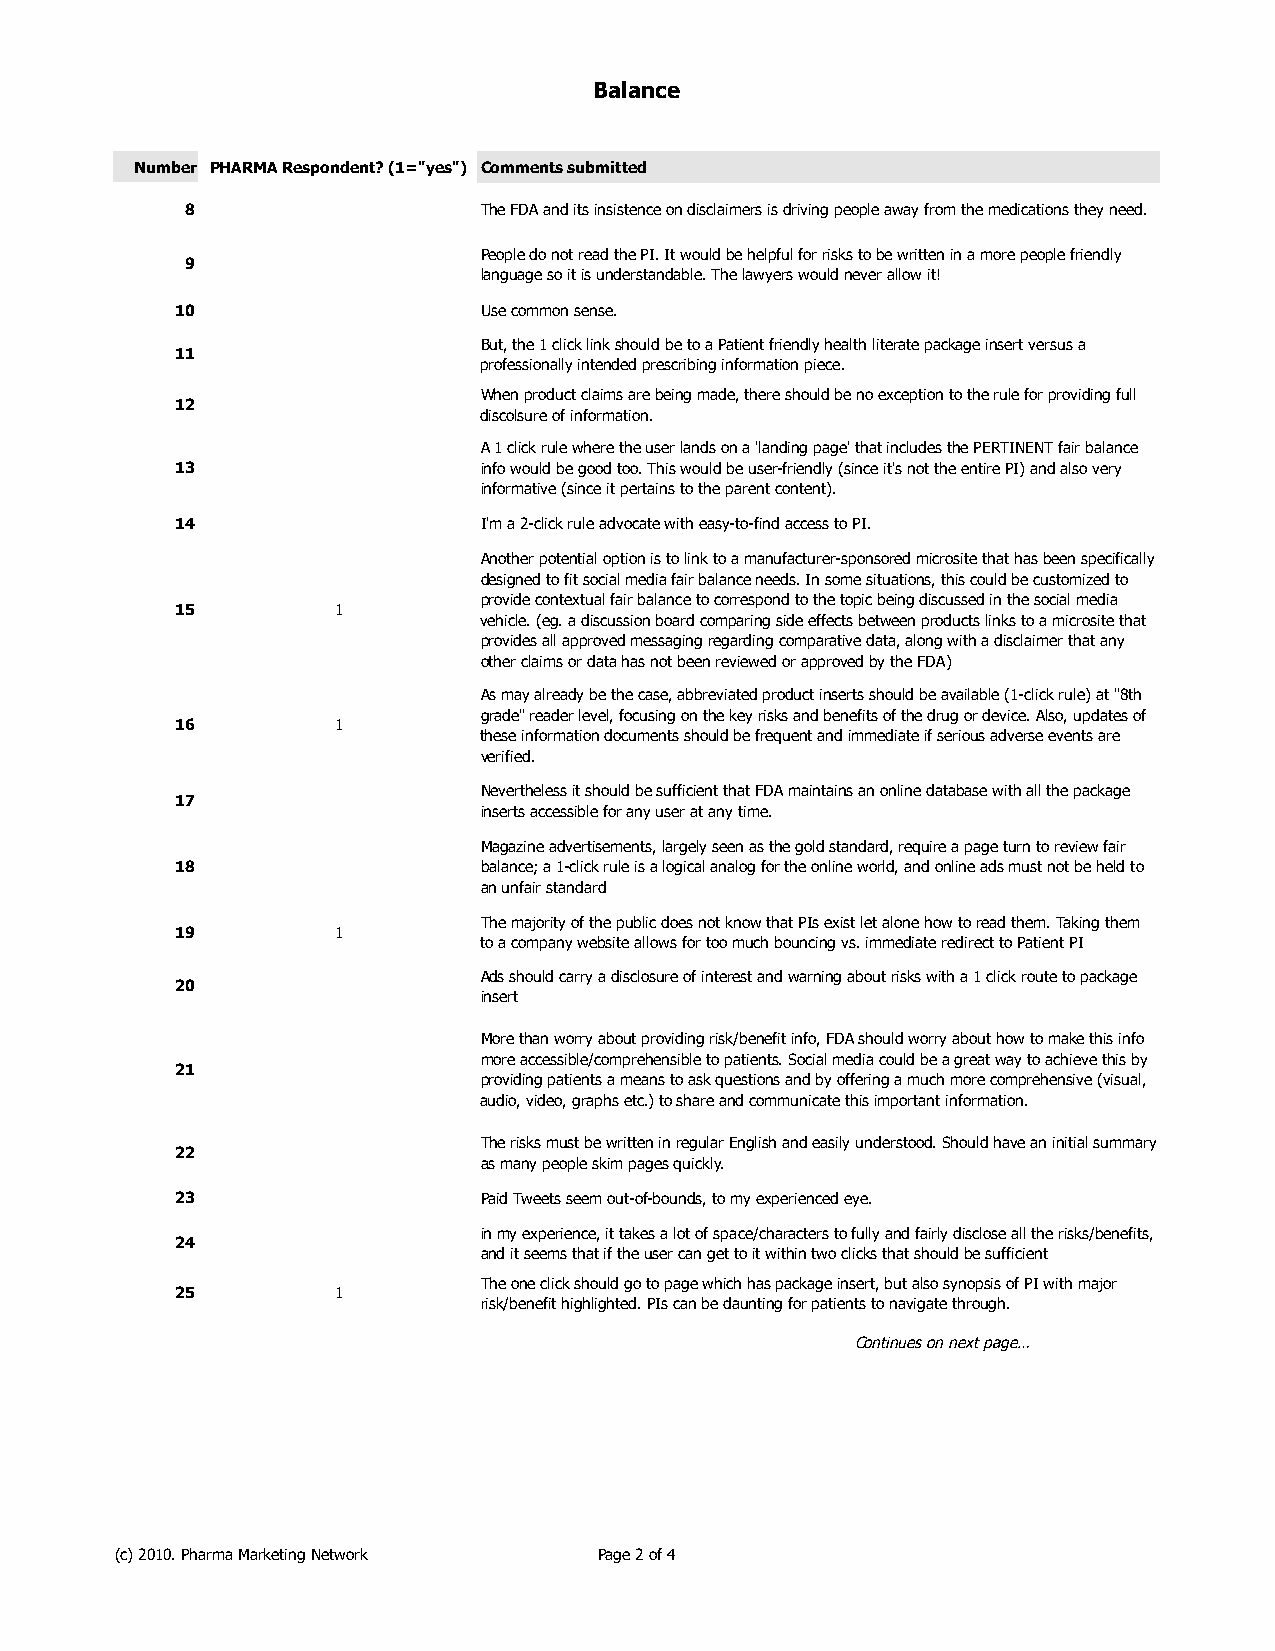
Balance
 Number PHARMA Respondent? (1="yes") Comments submitted
 8                   The FDA and its insistence on disclaimers is driving people away from the medications they need.
 People do not read the PI. It would be helpful for risks to be written in a more people friendly
 9
 language so it is understandable. The lawyers would never allow it!
 10                  Use common sense.
 But, the 1 click link should be to a Patient friendly health literate package insert versus a
 11
 professionally intended prescribing information piece.
 When product claims are being made, there should be no exception to the rule for providing full
 12
 discolsure of information.
 A 1 click rule where the user lands on a 'landing page' that includes the PERTINENT fair balance
 13                  info would be good too. This would be user-friendly (since it's not the entire PI) and also very
 informative (since it pertains to the parent content).
 14                  I'm a 2-click rule advocate with easy-to-find access to PI.
 Another potential option is to link to a manufacturer-sponsored microsite that has been specifically
 designed to fit social media fair balance needs. In some situations, this could be customized to
 provide contextual fair balance to correspond to the topic being discussed in the social media
 15        1
 vehicle. (eg. a discussion board comparing side effects between products links to a microsite that
 provides all approved messaging regarding comparative data, along with a disclaimer that any
 other claims or data has not been reviewed or approved by the FDA)
 As may already be the case, abbreviated product inserts should be available (1-click rule) at "8th
 grade" reader level, focusing on the key risks and benefits of the drug or device. Also, updates of
 16        1
 these information documents should be frequent and immediate if serious adverse events are
 verified.
 Nevertheless it should be sufficient that FDA maintains an online database with all the package
 17
 inserts accessible for any user at any time.
 Magazine advertisements, largely seen as the gold standard, require a page turn to review fair
 18                  balance; a 1-click rule is a logical analog for the online world, and online ads must not be held to
 an unfair standard
 The majority of the public does not know that PIs exist let alone how to read them. Taking them
 19        1
 to a company website allows for too much bouncing vs. immediate redirect to Patient PI
 Ads should carry a disclosure of interest and warning about risks with a 1 click route to package
 20
 insert
 More than worry about providing risk/benefit info, FDA should worry about how to make this info
 more accessible/comprehensible to patients. Social media could be a great way to achieve this by
 21
 providing patients a means to ask questions and by offering a much more comprehensive (visual,
 audio, video, graphs etc.) to share and communicate this important information.
 The risks must be written in regular English and easily understood. Should have an initial summary
 22
 as many people skim pages quickly.
 23                  Paid Tweets seem out-of-bounds, to my experienced eye.
 in my experience, it takes a lot of space/characters to fully and fairly disclose all the risks/benefits,
 24
 and it seems that if the user can get to it within two clicks that should be sufficient
 The one click should go to page which has package insert, but also synopsis of PI with major
 25        1
 risk/benefit highlighted. PIs can be daunting for patients to navigate through.
 Continues on next page…
 (c) 2010. Pharma Marketing Network Page 2 of 4